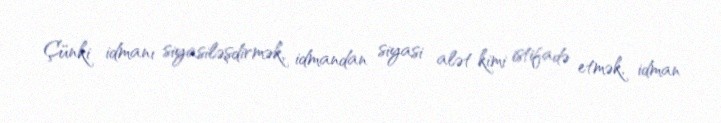
Çünki idmanı siyasiləşdirmək, idmandan siyasi alət kimi istifadə etmək, idman